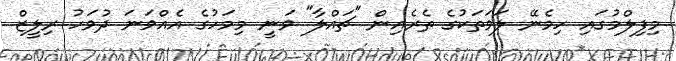
މިފިލްމުގައި ހިމެނޭ ލަވަތަކުގެ ތެރެއިން "ޗައްލާ" ވަނީ މިމަހުގެ އެއްވަނަ ދުވަހު ރިލީޒް